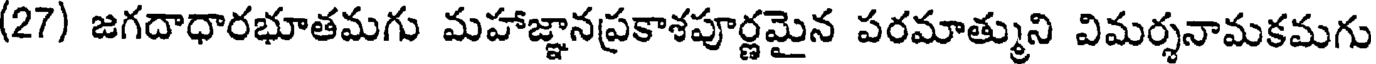
(27) జగదాధారభూతమగు మహాజ్ఞానప్రకాశపూర్ణమైన పరమాత్ముని విమర్శనామకమగు